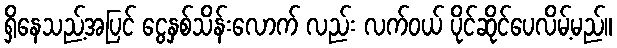
ရှိနေသည့်အပြင် ငွေနှစ်သိန်းလောက် လည်း လက်ဝယ် ပိုင်ဆိုင်ပေလိမ့်မည်။